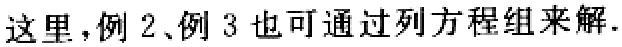
这里，例 2、例 3 也可通过列方程组来解.